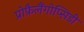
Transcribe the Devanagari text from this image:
प्रोफ़ैलैंगोप्सिडी